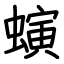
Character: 螾